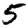
Digit: 5